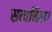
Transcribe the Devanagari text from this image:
सत्यनिष्ठा।